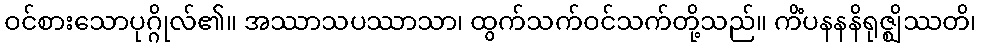
ဝင်စားသောပုဂ္ဂိုလ်၏။ အဿာသပဿာသာ၊ ထွက်သက်ဝင်သက်တို့သည်။ ကိံပနနနိရုဇ္ဈိဿတိ၊